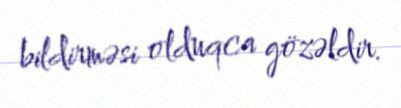
bildirməsi olduqca gözəldir.